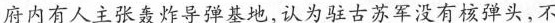
府内有人主张轰炸导弹基地，认为驻古苏军没有核弹头，不